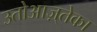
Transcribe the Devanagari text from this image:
उतोआज़्तेका